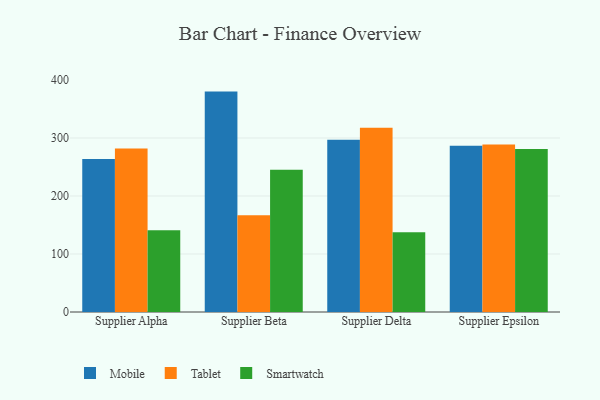
{"axis": {"x": "Supplier", "y": "Energy Usage (MWh)"}, "legend": ["Mobile", "Smartwatch", "Tablet"], "data": [{"x": "Supplier Alpha", "y": 263.8, "type": "Mobile"}, {"x": "Supplier Alpha", "y": 282.1, "type": "Tablet"}, {"x": "Supplier Alpha", "y": 141.0, "type": "Smartwatch"}, {"x": "Supplier Beta", "y": 380.0, "type": "Mobile"}, {"x": "Supplier Beta", "y": 166.8, "type": "Tablet"}, {"x": "Supplier Beta", "y": 245.2, "type": "Smartwatch"}, {"x": "Supplier Delta", "y": 296.8, "type": "Mobile"}, {"x": "Supplier Delta", "y": 317.6, "type": "Tablet"}, {"x": "Supplier Delta", "y": 137.7, "type": "Smartwatch"}, {"x": "Supplier Epsilon", "y": 286.6, "type": "Mobile"}, {"x": "Supplier Epsilon", "y": 289.0, "type": "Tablet"}, {"x": "Supplier Epsilon", "y": 281.1, "type": "Smartwatch"}]}